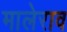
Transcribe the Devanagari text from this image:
मालेराव